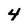
Character: 4